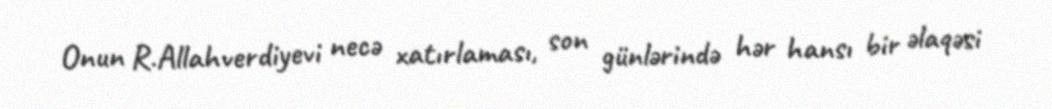
Onun R.Allahverdiyevi necə xatırlaması, son günlərində hər hansı bir əlaqəsi